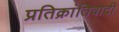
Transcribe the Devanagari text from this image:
प्रतिक्रांतिवादी